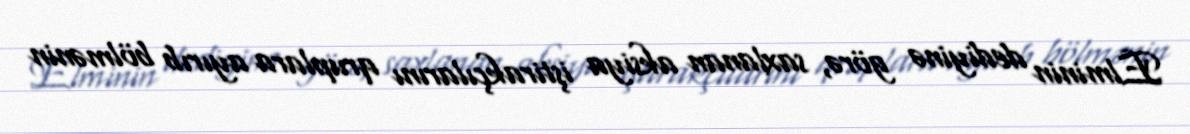
Elminin dediyinə görə, saxlanan aksiya iştirakçılarını qruplara ayırıb bölmənin